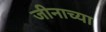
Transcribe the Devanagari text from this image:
जीनाच्या